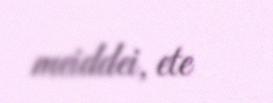
meiddei, ete